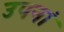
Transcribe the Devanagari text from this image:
उपनां